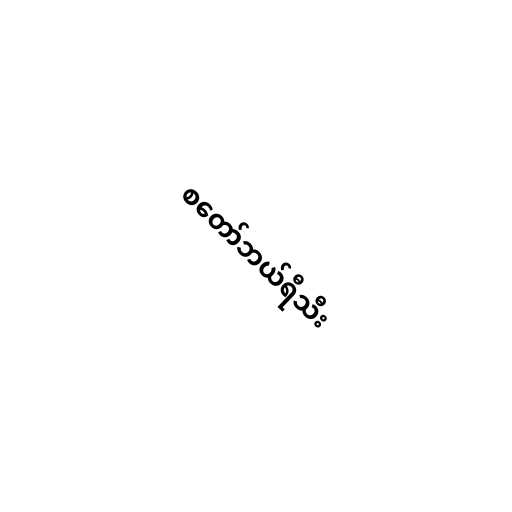
စတော်ဘယ်ရီသီး